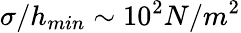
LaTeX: \sigma/h_{min}\sim 10^{2}N/m^{2}